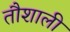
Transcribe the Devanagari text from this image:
तौशाली